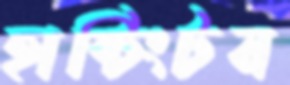
হান্টিংটন